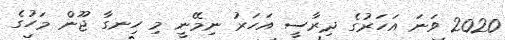
2020 ވަނަ އަހަރުގެ ދިރާސީ އަހަރު ނިމޭނީ މި ހިނގާ ޖޫން މަހުގެ